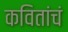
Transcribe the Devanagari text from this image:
कवितांचं